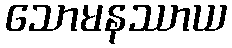
သောမနဿာယ